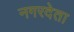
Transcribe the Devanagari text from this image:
नगरदेता